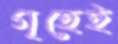
গৃহেই